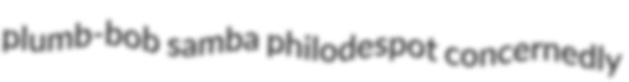
plumb-bob samba philodespot concernedly